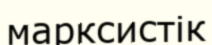
марксистік